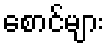
စောင်များ